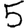
Digit: 5